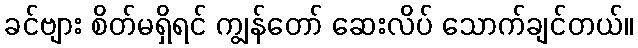
ခင်ဗျား စိတ်မရှိရင် ကျွန်တော် ဆေးလိပ် သောက်ချင်တယ်။